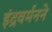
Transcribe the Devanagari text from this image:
इंद्रवर्मनने